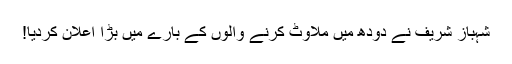
شہباز شریف نے دودھ میں ملاوٹ کرنے والوں کے بارے میں بڑا اعلان کردیا!